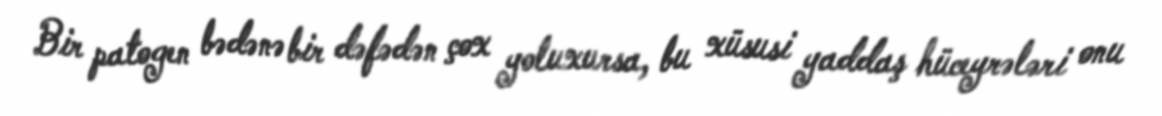
Bir patogen bədənə bir dəfədən çox yoluxursa, bu xüsusi yaddaş hüceyrələri onu